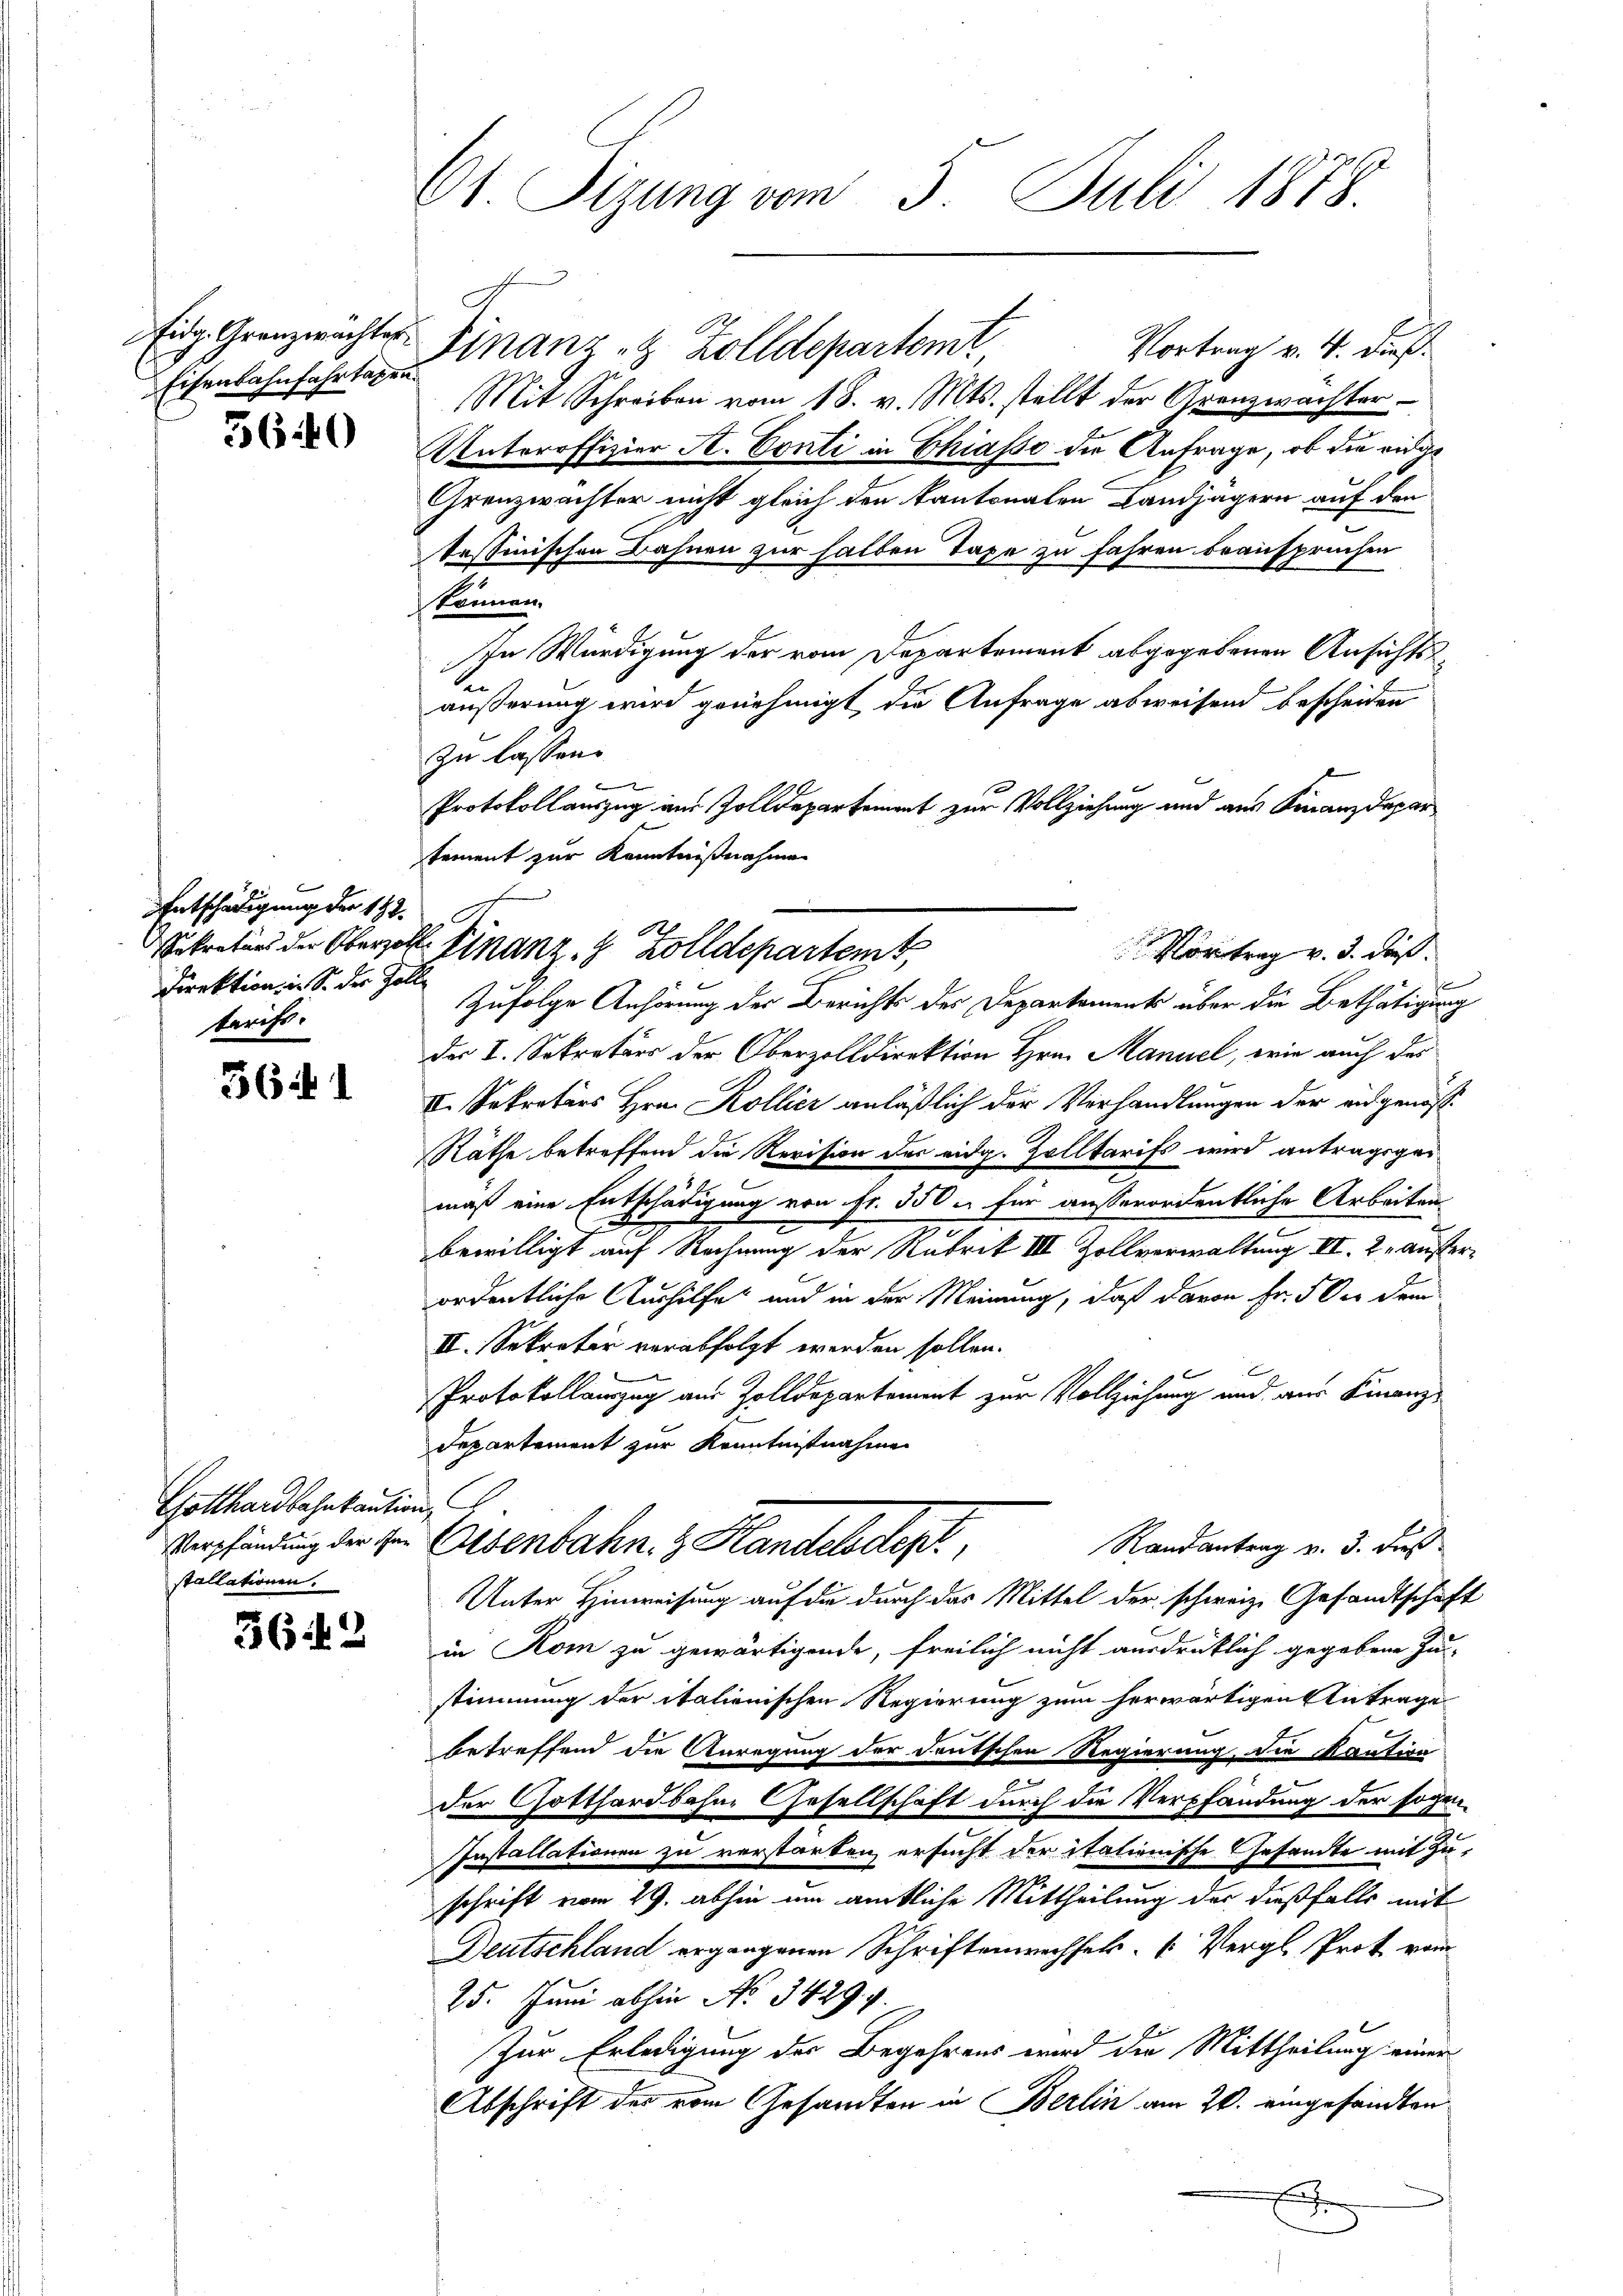
Eisenbahnfahrtagen.

5640

Entschädigung der 182.
Direktion, in S. der Gol
tarifs.

361

Gotthardbahnkaution
stallationen.

362

61 Sizung vom 5. Juli 1878.

Eidg. Granzwachter Finanz & Zolldepartemt
Vortrag v. 4. dieß
Mit Schreiben vom 18. v. Mts. stellt der Grenzwachter
Unteroffizier A. Conti in Chiasso die Anfrage, ob die eidge
Grenzwachter nicht gleich den kantonalen Landjägern auf den
tessinischen Bahnen zur halben Taxe zu fahren beansprüchen
können.
sen Würdigung der vom Departement abgegebenen Ansichtsben
äußerung wird genehmigt die Anfrage abweisend bescheiden
zu lassen.

Protokollauszug am Zolldepartement zur Vollziehung und aus Finanzdepar
Zufolge Anhörung der Berichts des Departaments über die Bethätigung
des I. Sekretärs der Oberzolldirektion Hrn. Manuel, wie auch des
II. Sekretärs Hrn. Kollier anläßlich der Vorhandlungen der eidgenöß¬
Räthe betreffend die Revision der eidg. Zolltarifs wird antragsgemaß eine Entschädigung von Fr. 350 – für ausserordentliche Arbeiten
bewilligt auf Rechnung der Rubrik III Zollverwaltung II. 2. Ausser
ordentliche Aushilfe und in der Meinung, daß davon Fr. 5 der dem
II. Sekretär verabfolgt werden sollen.
Protokollauszug aus Zolldepartement zur Vollziehung und aus Finanzdepartement zur Kenntnißnahme
Verpfändung der Hr. Osenbahn. z. Handelsdept.
Randantrag v. 3. dieß
Unter Hinweisung auf die durch das Mittel der schweiz. Gesandtschaft
in Kom zu gewärtigende, freilich nicht ausdrüklich gegebene Zu- |
stimmung der italienischen Regierung zum herwärtigen Antrage
betreffend die Anregung der deutschen Regierung, die Kaution
der Gotthardbahne Gesellschaft durch die Verpfändung der sogen-
Installationen zu verstarken ersucht der italienische Gesamte mit Zuschrift vom 29. abhin um amtliche Mittheilung der dießfalls mit
Deutschland ergangenen Schriftenwechsels Vergl. Prot vom
25. Juni abhin No. 3429. v.
Zur Erledigung der Begehrens wird die Mittheilung einen
Abschrift der vom Gesandten in Berlin am 20. eingesandten
J

tement zur Kenntnißnahme
Sekretärs der Obergelte Finanz, 9 Zolldepartemt,

Vortrag v. J. daß